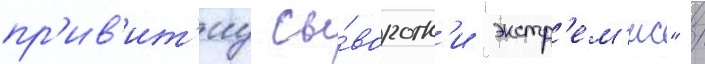
пр'ив'ит'иу сы́воротк'и "экстр'ем'ис" /